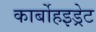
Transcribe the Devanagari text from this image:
कार्बोहइड्रेट